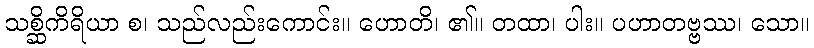
သစ္ဆိကိရိယာ စ၊ သည်လည်းကောင်း။ ဟောတိ၊ ၏။ တထာ၊ ပါး။ ပဟာတဗ္ဗဿ၊ သော။